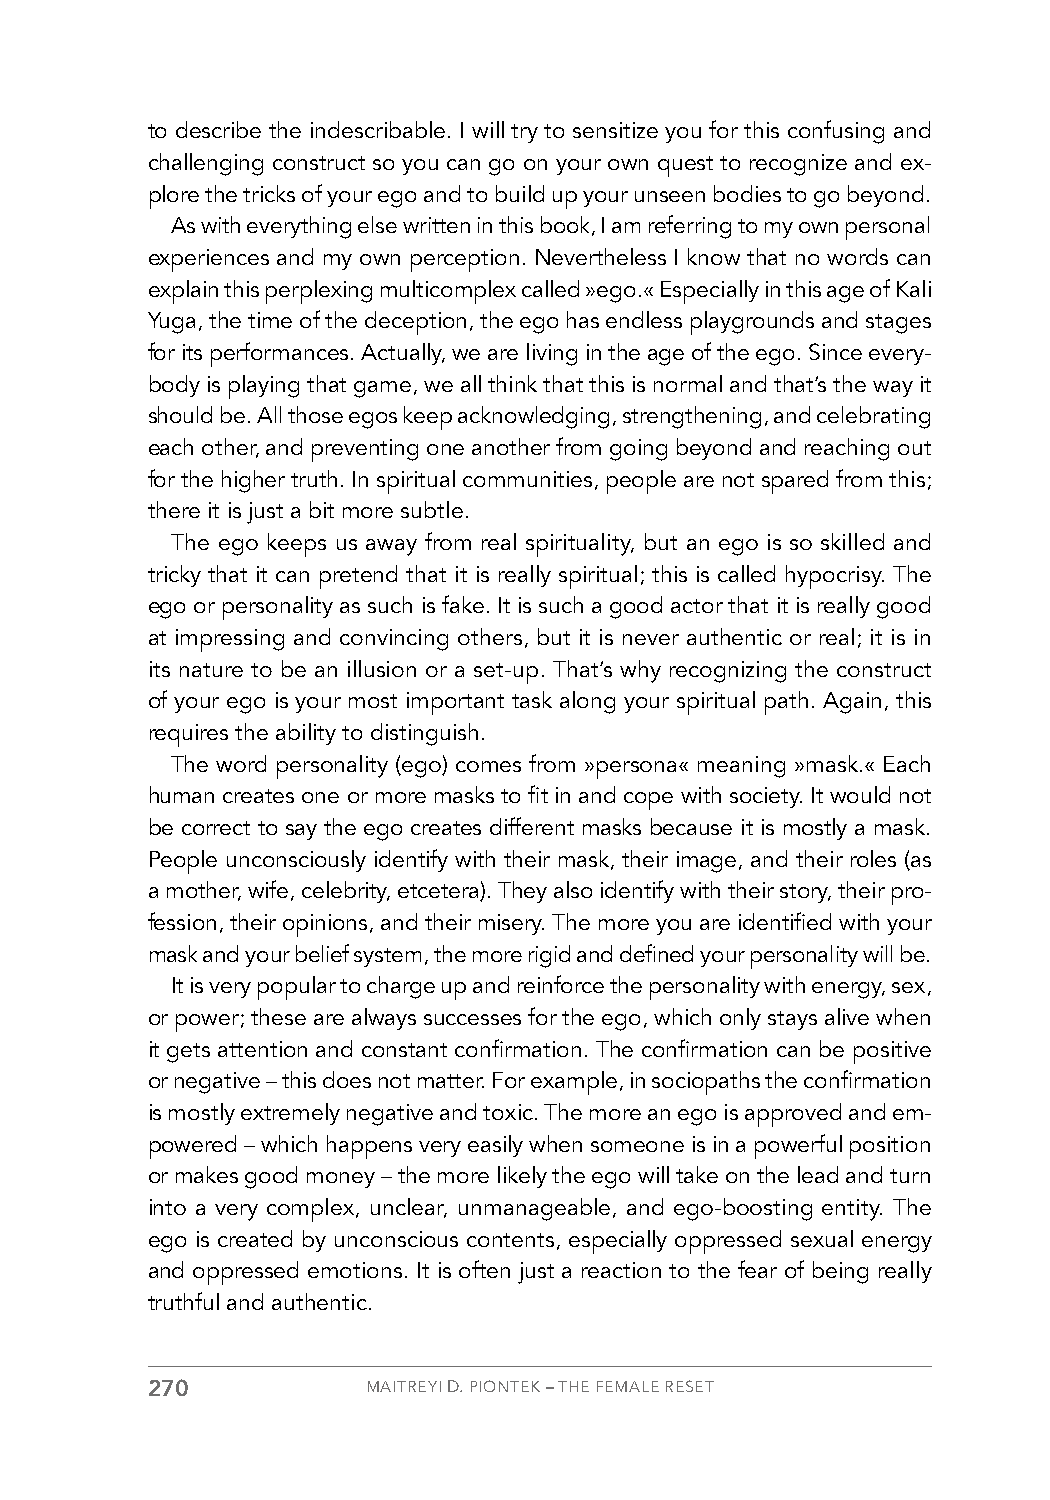
to describe the indescribable. I will try to sensitize you for this confusing and
 challenging construct so you can go on your own quest to recognize and ex-
 plore the tricks of your ego and to build up your unseen bodies to go beyond.
 As with everything else written in this book, I am referring to my own personal
 experiences and my own perception. Nevertheless I know that no words can
 explain this perplexing multicomplex called »ego.« Especially in this age of Kali
 Yuga, the time of the deception, the ego has endless playgrounds and stages
 for its performances. Actually, we are living in the age of the ego. Since every-
 body is playing that game, we all think that this is normal and that’s the way it
 should be. All those egos keep acknowledging, strengthening, and celebrating
 each other, and preventing one another from going beyond and reaching out
 for the higher truth. In spiritual communities, people are not spared from this;
 there it is just a bit more subtle.
 The ego keeps us away from real spirituality, but an ego is so skilled and
 tricky that it can pretend that it is really spiritual; this is called hypocrisy. The
 ego or personality as such is fake. It is such a good actor that it is really good
 at impressing and convincing others, but it is never authentic or real; it is in
 its nature to be an illusion or a set-up. That’s why recognizing the construct
 of your ego is your most important task along your spiritual path. Again, this
 requires the ability to distinguish.
 The word personality (ego) comes from »persona« meaning »mask.« Each
 human creates one or more masks to fit in and cope with society. It would not
 be correct to say the ego creates different masks because it is mostly a mask.
 People unconsciously identify with their mask, their image, and their roles (as
 a mother, wife, celebrity, etcetera). They also identify with their story, their pro-
 fession, their opinions, and their misery. The more you are identified with your
 mask and your belief system, the more rigid and defined your personality will be.
 It is very popular to charge up and reinforce the personality with energy, sex,
 or power; these are always successes for the ego, which only stays alive when
 it gets attention and constant confirmation. The confirmation can be positive
 or negative – this does not matter. For example, in sociopaths the confirmation
 is mostly extremely negative and toxic. The more an ego is approved and em-
 powered – which happens very easily when someone is in a powerful position
 or makes good money – the more likely the ego will take on the lead and turn
 into a very complex, unclear, unmanageable, and ego-boosting entity. The
 ego is created by unconscious contents, especially oppressed sexual energy
 and oppressed emotions. It is often just a reaction to the fear of being really
 truthful and authentic.
 270           MAITREYI D. PIONTEK – THE FEMALE RESET